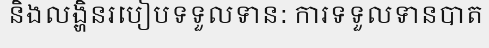
និងលង្ហិនរបៀបទទួលទាន: ការទទួលទានបាត